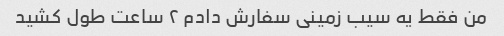
من فقط یه سیب زمینی سفارش دادم ۲ ساعت طول کشید